Vaccination in the Punjab 1867-1880 - 1867-1880
Year: 1867
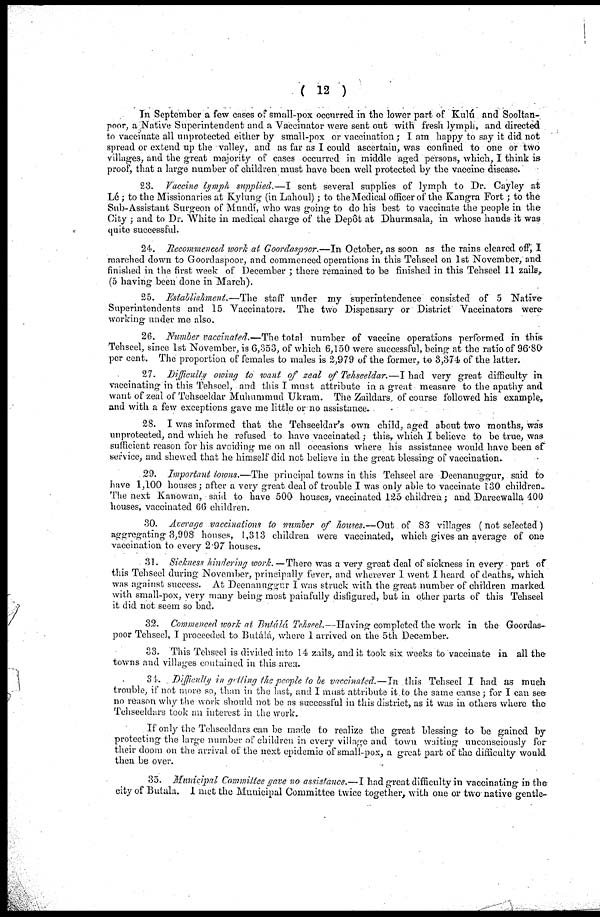
( 12 )
In September a few cases of small-pox occurred in the lower part of Kulú and Sooltan-
poor, a Native Superintendent and a Vaccinator were sent out with fresh lymph, and directed
to vaccinate all unprotected either by small-pox or vaccination; I am happy to say it did not
spread or extend up the valley, and as far as I could ascertain, was confined to one or two
villages, and the great majority of cases occurred in middle aged persons, which, I think is
proof, that a large number of children must have been well protected by the vaccine disease.
23. Vaccine lymph supplied.—I sent several supplies of lymph to Dr. Cayley at
Lé ; to the Missionaries at Kylung (in Lahoul); to the Medical officer of the Kangra Fort ; to the
Sub-Assistant Surgeon of Mundí, who was going to do his best to vaccinate the people in the
City ; and to Dr. White in medical charge of the Depôt at Dhurmsala, in whose hands it was
quite successful.
24. Recommenced work at Goordaspoor.—In October, as soon as the rains cleared off, I
marched down to Goordaspoor, and commenced operations in this Tehseel on 1st November, and
finished in the first week of December ; there remained to be finished in this Tehseel 11 zails,
(5 having been done in March).
25. Establishment.—The staff under my superintendence consisted of 5 Native
Superintendents and 15 Vaccinators. The two Dispensary or District Vaccinators were
working under me also.
26. Number vaccinated.—The total number of vaccine operations performed in this
Tehseel, since 1st November, is 6,353, of which 6,150 were successful, being at the ratio of 96.80
per cent. The proportion of females to males is 2,979 of the former, to 3,374 of the latter.
27. Difficulty owing to want of zeal of Tehseeldar.—I had very great difficulty in
vaccinating in this Tehseel, and this I must attribute in a great measure to the apathy and
want of zeal of Tehseeldar Muhummad Ukram. The Zaildars of course followed his example,
and with a few exceptions gave me little or no assistance.
28. I was informed that the Tehseeldar's own child, aged about two months, was
unprotected, and which he refused to have vaccinated ; this, which I believe to be true, was
sufficient reason for his avoiding me on all occasions where his assistance would have been of
service, and shewed that he himself did not believe in the great blessing of vaccination.
29. Important towns.—The principal towns in this Tehseel are Deenanuggur, said to
have 1,100 houses ; after a very great deal of trouble I was only able to vaccinate 130 children.
The next Kanowan, said to have 500 houses, vaccinated 125 children; and Dareewalla 400
houses, vaccinated 66 children.
30. Average vaccinations to number of houses.—Out of 83 villages (not selected)
aggregating 3,908 houses, 1,313 children were vaccinated, which gives an average of one
vaccination to every 2.97 houses.
31. Sickness hindering work. —There was a very great deal of sickness in every part of
this Tehseel during November, principally fever, and wherever I went I heard of deaths, which
was against success. At Deenanuggur I was struck with the great number of children marked
with small-pox, very many being most painfully disfigured, but in other parts of this Tehseel
it did not seem so bad.
32. Commenced work at Butálá Tehseel.—Having completed the work in the Goordas-
poor Tehseel, I proceeded to Bulálá, where I arrived on the 5th December.
33. This Tehseel is divided into 14 zails, and it took six weeks to vaccinate in all the
towns and villages contained in this area.
31. Difficulty in getting the people to be vaccinated.—In this Tehseel I had as much
trouble, if not more so, than in the last, and I must attribute it to the same cause; for I can see
no reason why the work should not be as successful in this district, as it was in others where the
Tehseeldars took an interest in the work.
If only the Tehseeldars can be made to realize the great blessing to be gained by
protecting the large number of children in every village and town waiting unconsciously for
their doom on the arrival of the next epidemic of small-pox, a great part of the difficulty would
then be over.
35. Municipal Committee gave no assistance.—I had great difficulty in vaccinating in the
city of Butala. I met the Municipal Committee twice together, with one or two native gentle-